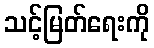
သင့်မြတ်ရေးကို